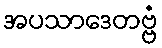
အပသာဒေတဗ္ဗံ